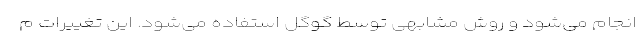
انجام می‌شود و روش مشابهی توسط گوگل استفاده می‌شود. این تغییرات م